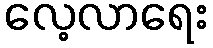
လေ့လာရေး